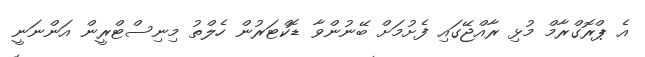
އެ ޕްރޮގްރާމް މުޅި ރާއްޖޭގައި ފެށުމަށް ބޭނުންވާ ޑޮކްޓަރުން ހެލްތު މިނިސްޓްރީން އަންނަނީ